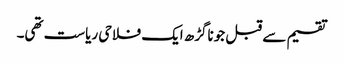
تقسیم سے قبل جوناگڑھ ایک فلاحی ریاست تھی۔